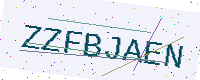
Text: ZZFBJAEN